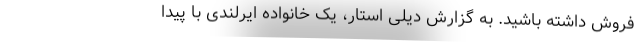
فروش داشته باشید. به گزارش دیلی استار، یک خانواده ایرلندی با پیدا